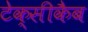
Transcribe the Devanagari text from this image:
टेक्सीकैब